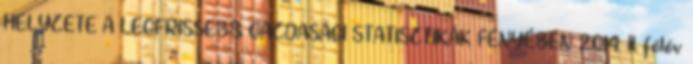
HELYZETE A LEGFRISSEBB GAZDASÁGI STATISZTIKÁK FÉNYÉBEN 2014. II. félév